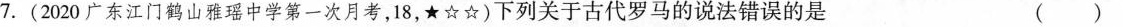
7.(2020广东江门鹤山雅瑶中学第一次月考，18，★☆☆)下列关于古代罗马的说法错误的是 ( )